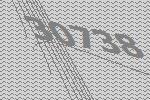
30738